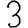
Digit: 3